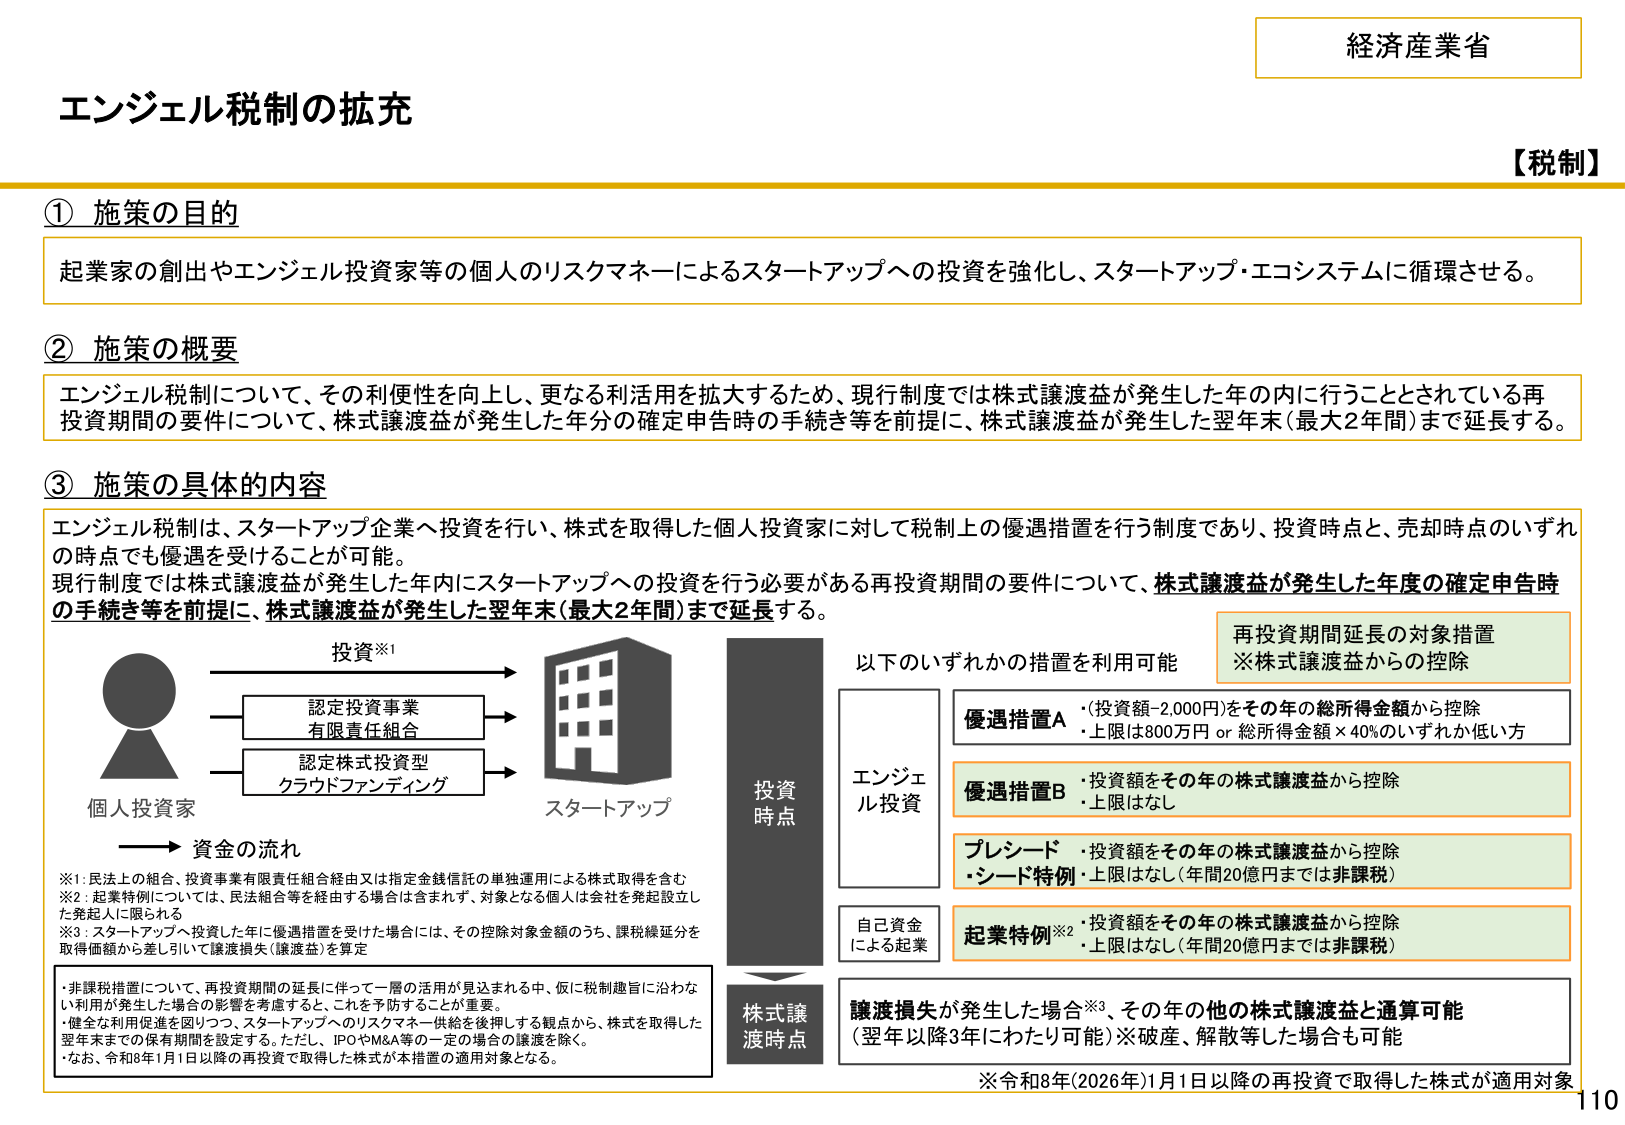
経済産業省
【税制】
エンジェル税制の拡充

① 施策の目的
起業家の創出やエンジェル投資家等の個人のリスクマネーによるスタートアップへの投資を強化し、スタートアップ・エコシステムに循環させる。

② 施策の概要
エンジェル税制について、その利便性を向上し、更なる利活用を拡大するため、現行制度では株式譲渡益が発生した年の内に行うこととされている再投資期間の要件について、株式譲渡益が発生した年分の確定申告時の手続き等を前提に、株式譲渡益が発生した翌年末（最大2年間）まで延長する。

③ 施策の具体的内容
エンジェル税制は、スタートアップ企業へ投資を行い、株式を取得した個人投資家に対して税制上の優遇措置を行う制度であり、投資時点、売却時点のいずれの時点でも優遇を受けることが可能。
現行制度では株式譲渡益が発生した年内にスタートアップへの投資を行う必要がある再投資期間の要件について、株式譲渡益が発生した年度の確定申告時の手続き等を前提に、株式譲渡益が発生した翌年末（最大2年間）まで延長する。

投資※1
→ 認定投資事業
　　有限責任組合
→ 認定株式投資型
　　クラウドファンディング
→ スタートアップ

個人投資家
→ 資金の流れ

※1：民法上の組合、投資事業有限責任組合経由又は指定金銭信託の単独運用による株式取得を含む
※2：起業特例については、民法組合等を経由する場合は含まれず、対象となる個人は会社を発起設立した発起人に限られる
※3：スタートアップへ投資した年に優遇措置を受けた場合には、その控除対象金額のうち、課税繰延分を取得価額から差し引いて譲渡損失（譲渡益）を算定

・非課税措置について、再投資期間の延長に伴って一層の活用が見込まれる中、仮に税制趣旨に沿わない利用が発生した場合の影響を考慮すると、これを予防することが重要。
・健全な利用促進を図りつつ、スタートアップへのリスクマネー供給を後押しする観点から、株式を取得した翌年末までの保有期間を設定する。ただし、IPOやM&A等の一定の場合の譲渡を除く。
・なお、令和8年1月1日以降の再投資で取得した株式が本措置の適用対象となる。

投資時点
以下のいずれかの措置を利用可能

再投資期間延長の対象措置
※株式譲渡益からの控除

優遇措置A
・（投資額-2,000円）をその年の総所得金額から控除
・上限は800万円 or 総所得金額×40％のいずれか低い方

優遇措置B
・投資額をその年の株式譲渡益から控除
・上限はなし

プレシード
・投資額をその年の株式譲渡益から控除
・シード特例：上限はなし（年間20億円までは非課税）

自己資金による起業
起業特例※2
・投資額をその年の株式譲渡益から控除
・上限はなし（年間20億円までは非課税）

株式譲渡時点
譲渡損失が発生した場合※3、その年の他の株式譲渡益と通算可能
（翌年以降3年にわたり可能）※破産、解散等した場合も可能

※令和8年（2026年）1月1日以降の再投資で取得した株式が適用対象

110